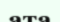
ата